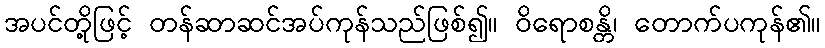
အပင်တို့ဖြင့် တန်ဆာဆင်အပ်ကုန်သည်ဖြစ်၍။ ဝိရောစန္တိ၊ တောက်ပကုန်၏။